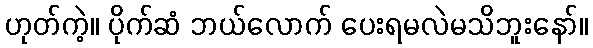
ဟုတ်ကဲ့။ ပိုက်ဆံ ဘယ်လောက် ပေးရမလဲမသိဘူးနော်။